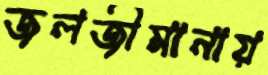
জলজীমানায়